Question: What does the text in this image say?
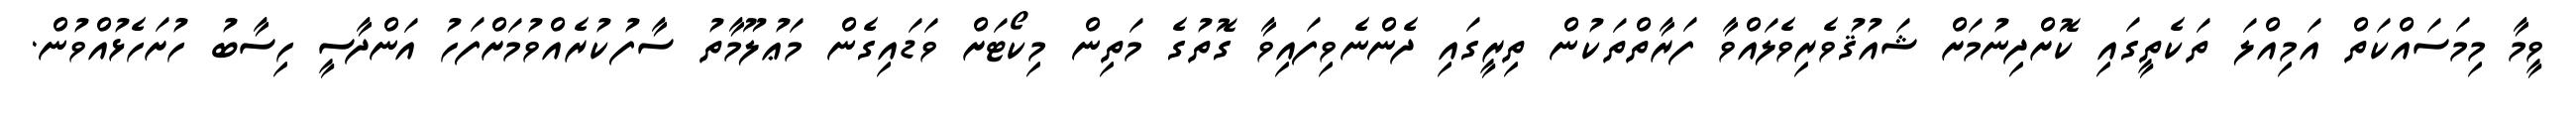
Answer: ވީމާ މިމަސައްކަތް އަމިއްލަ ތަކެތީގައި ކޮށްދިނުމަށް ޝައުޤުވެރިވެލައްވާ ފަރާތްތަކުން ތިރީގައި ދެންނެވިފައިވާ ގޮތުގެ މަތިން މިކޯޓަށް ވަޑައިގެން މަޢުލޫމާތު ސާފުކުރެއްވުމަށްފަހު އަންދާސީ ހިސާބު ހުށަހެޅުއްވުން.